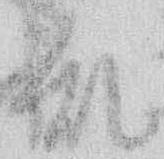
乱